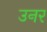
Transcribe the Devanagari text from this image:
उनर